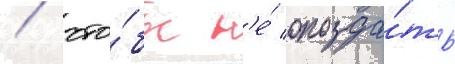
/ что́бы н'е́ опозда́ть